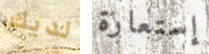
لديك إستعارة